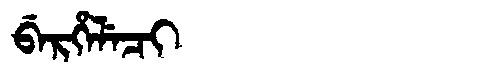
Manchu: ᠪᡝᡵᡥᡝᠯᡝᠴᡳ
Romanization: BERHELECI